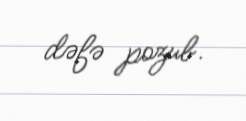
dəfə pozub.